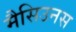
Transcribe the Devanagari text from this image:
मैसिउनस